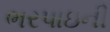
ભરપાઇની